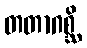
တတာဂစ္ဆိ